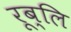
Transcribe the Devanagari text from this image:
रूब्लि